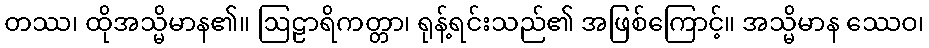
တဿ၊ ထိုအသ္မိမာန၏။ ဩဠာရိကတ္တာ၊ ရုန့်ရင်းသည်၏ အဖြစ်ကြောင့်။ အသ္မိမာန ဿေဝ၊